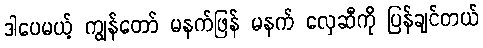
ဒါပေမယ့် ကျွန်တော် မနက်ဖြန် မနက် လှေဆီကို ပြန်ချင်တယ်